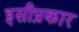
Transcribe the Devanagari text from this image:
इसीप्रकार